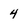
Character: 4